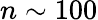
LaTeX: n\sim 100